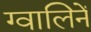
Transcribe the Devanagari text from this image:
ग्वालिनें